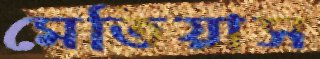
মেতিয়াস